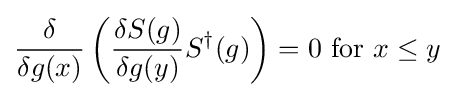
{\frac {\delta }{\delta g(x)}}\left({\frac {\delta S(g)}{\delta g(y)}}S^{\dagger }(g)\right)=0{\mbox{ for }}x\leq y